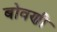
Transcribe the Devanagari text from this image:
बोवणी